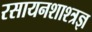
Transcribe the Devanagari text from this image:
रसायनशाश्त्रज्ञ